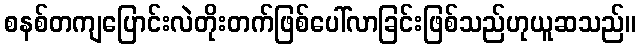
စနစ်တကျပြောင်းလဲတိုးတက်ဖြစ်ပေါ်လာခြင်းဖြစ်သည်ဟုယူဆသည်။